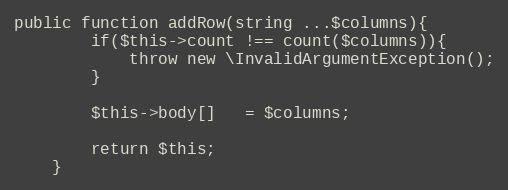
Language: PHP
public function addRow(string ...$columns){
        if($this->count !== count($columns)){
            throw new \InvalidArgumentException();
        }

        $this->body[]   = $columns;

        return $this;
    }